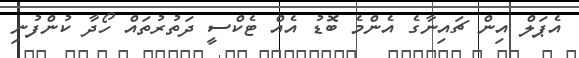
އެޕަލް އިން ޗައިނާގެ އެންމެ ބޮޑު އެއް ޓެކްސީ ދަތުރުތައް ހޯދާ ކުންފުނި